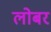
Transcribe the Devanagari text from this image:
लोबर